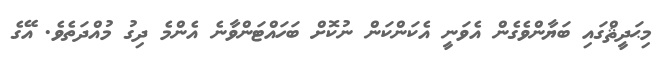
މިޙަދީޘްގައި ބަޔާންވެގެން އެވަނީ އެކަންކަން ނުކޮށް ބަހައްޓަންވާނެ އެންމެ ދިގު މުއްދަތެވެ. އޭގެ